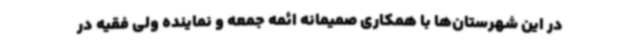
در این شهرستان‌ها با همکاری صمیمانه ائمه جمعه و نماینده ولی فقیه در